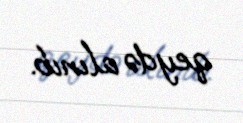
qeydə alınıb.